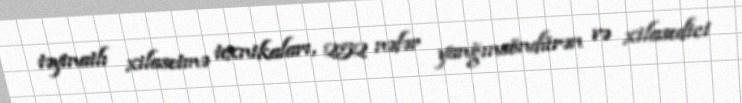
təyinatlı xilasetmə texnikaları, 252 nəfər yanğınsöndürən və xilasedici